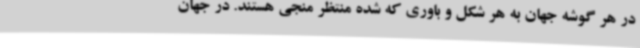
در هر گوشه جهان به هر شکل و باوری که شده منتظر منجی هستند. در جهان